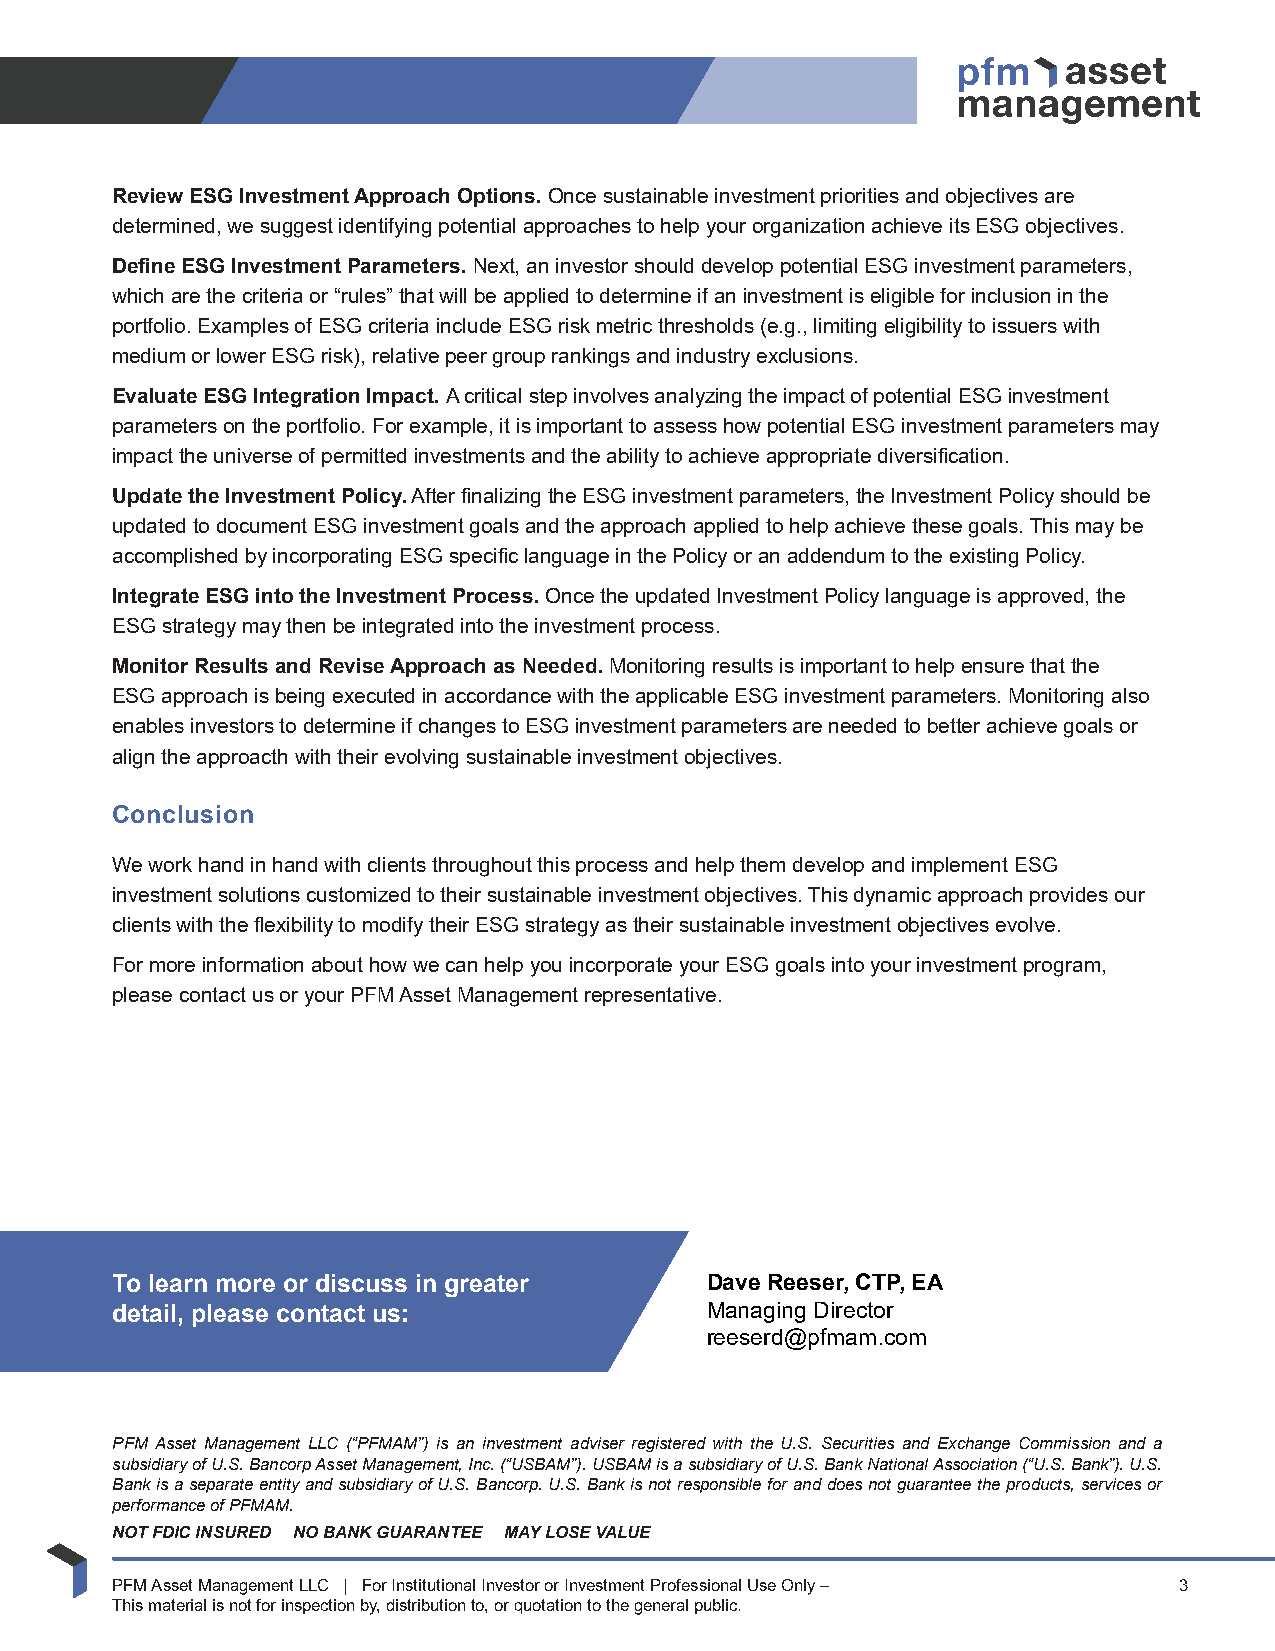
Review ESG Investment Approach Options. Once sustainable investment priorities and objectives are
 determined, we suggest identifying potential approaches to help your organization achieve its ESG objectives.
 Define ESG Investment Parameters. Next, an investor should develop potential ESG investment parameters,
 which are the criteria or “rules” that will be applied to determine if an investment is eligible for inclusion in the
 portfolio. Examples of ESG criteria include ESG risk metric thresholds (e.g., limiting eligibility to issuers with
 medium or lower ESG risk), relative peer group rankings and industry exclusions.
 Evaluate ESG Integration Impact. A critical step involves analyzing the impact of potential ESG investment
 parameters on the portfolio. For example, it is important to assess how potential ESG investment parameters may
 impact the universe of permitted investments and the ability to achieve appropriate diversification.
 Update the Investment Policy. After finalizing the ESG investment parameters, the Investment Policy should be
 updated to document ESG investment goals and the approach applied to help achieve these goals. This may be
 accomplished by incorporating ESG specific language in the Policy or an addendum to the existing Policy.
 Integrate ESG into the Investment Process. Once the updated Investment Policy language is approved, the
 ESG strategy may then be integrated into the investment process.
 Monitor Results and Revise Approach as Needed. Monitoring results is important to help ensure that the
 ESG approach is being executed in accordance with the applicable ESG investment parameters. Monitoring also
 enables investors to determine if changes to ESG investment parameters are needed to better achieve goals or
 align the approacth with their evolving sustainable investment objectives.
 Conclusion
 We work hand in hand with clients throughout this process and help them develop and implement ESG
 investment solutions customized to their sustainable investment objectives. This dynamic approach provides our
 clients with the flexibility to modify their ESG strategy as their sustainable investment objectives evolve.
 For more information about how we can help you incorporate your ESG goals into your investment program,
 please contact us or your PFM Asset Management representative.
 To learn more or discuss in greater     Dave Reeser, CTP, EA
 detail, please contact us:              Managing Director
 reeserd@pfmam.com
 PFM Asset Management LLC (“PFMAM”) is an investment adviser registered with the U.S. Securities and Exchange Commission and a
 subsidiary of U.S. Bancorp Asset Management, Inc. (“USBAM”). USBAM is a subsidiary of U.S. Bank National Association (“U.S. Bank”). U.S.
 Bank is a separate entity and subsidiary of U.S. Bancorp. U.S. Bank is not responsible for and does not guarantee the products, services or
 performance of PFMAM.
 NOT FDIC INSURED NO BANK GUARANTEE MAY LOSE VALUE
 PFM Asset Management LLC | For Institutional Investor or Investment Professional Use Only – 3
 This material is not for inspection by, distribution to, or quotation to the general public.